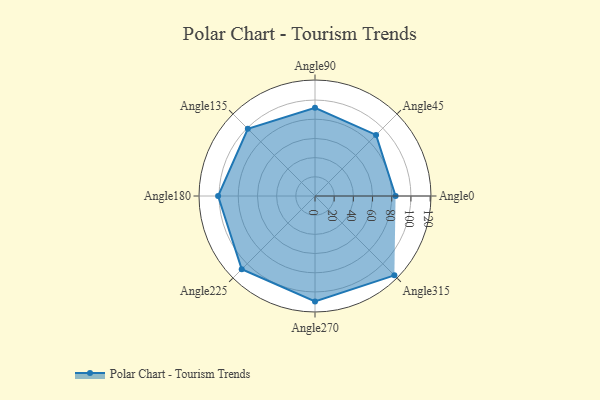
{"axis": {"x": "Angle", "y": "Radius"}, "legend": [""], "data": [{"x": "Angle0", "y": 84.0, "type": ""}, {"x": "Angle45", "y": 90.0, "type": ""}, {"x": "Angle90", "y": 92.0, "type": ""}, {"x": "Angle135", "y": 99.0, "type": ""}, {"x": "Angle180", "y": 101.0, "type": ""}, {"x": "Angle225", "y": 108.0, "type": ""}, {"x": "Angle270", "y": 110.0, "type": ""}, {"x": "Angle315", "y": 117.0, "type": ""}]}